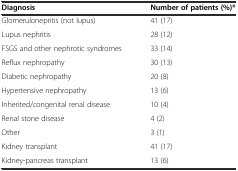
<table><thead><tr><td><b>Diagnosis</b></td><td><b>Number of patients (%)*</b></td></tr></thead><tbody><tr><td>Glomerulonepritis (not lupus)</td><td>41 (17)</td></tr><tr><td>Lupus nephritis</td><td>28 (12)</td></tr><tr><td>FSGS and other nephrotic syndromes</td><td>33 (14)</td></tr><tr><td>Reflux nephropathy</td><td>30 (13)</td></tr><tr><td>Diabetic nephropathy</td><td>20 (8)</td></tr><tr><td>Hypertensive nephropathy</td><td>13 (6)</td></tr><tr><td>Inherited/congenital renal disease</td><td>10 (4)</td></tr><tr><td>Renal stone disease</td><td>4 (2)</td></tr><tr><td>Other</td><td>3 (1)</td></tr><tr><td>Kidney transplant</td><td>41 (17)</td></tr><tr><td>Kidney-pancreas transplant</td><td>13 (6)</td></tr></tbody></table>